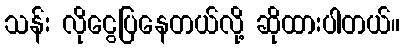
သန်း လိုငွေပြနေတယ်လို့ ဆိုထားပါတယ်။